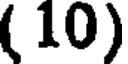
( 10)